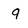
Character: q